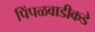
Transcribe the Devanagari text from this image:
पिंपळवाडीकडे